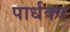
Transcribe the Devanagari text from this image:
पार्धक्य